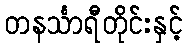
တနင်္သာရီတိုင်းနှင့်